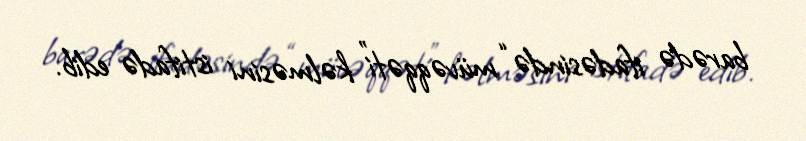
barədə ifadəsində “müvəqqəti” kəlməsini istifadə edib.